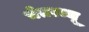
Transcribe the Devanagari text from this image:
चेतरज्जू